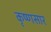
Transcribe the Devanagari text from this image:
कृष्णसार